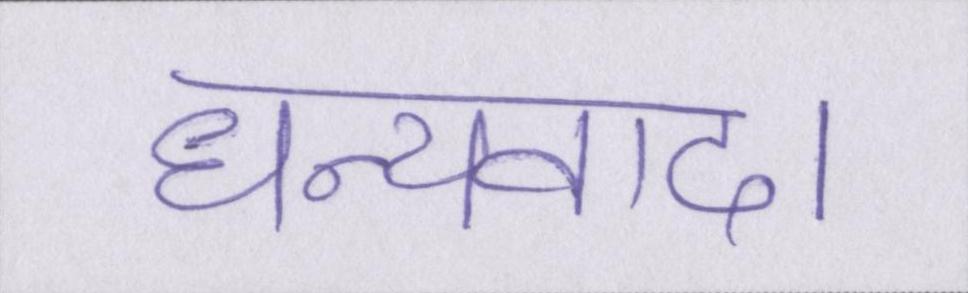
धन्यवाद।